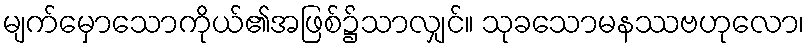
မျက်မှောသောကိုယ်၏အဖြစ်၌သာလျှင်။ သုခသောမနဿဗဟုလော၊